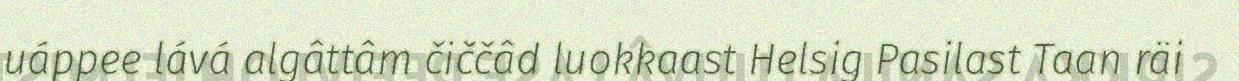
uáppee lává algâttâm čiččâd luokkaast Helsig Pasilast Taan räi